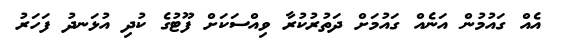
އެއް ގައުމުން އަނެއް ގައުމަށް ދަތުރުކުރާ ވިއްސަކަށް ފޫޓުގެ ކުދި އުޅަނދު ފަހަރު